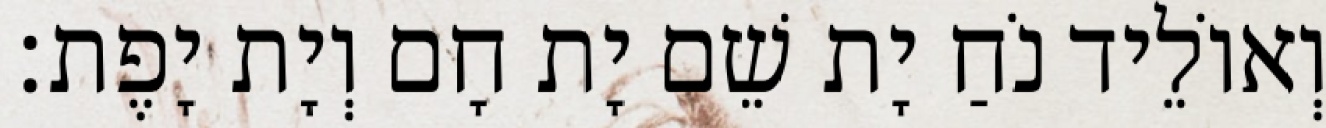
וְאוֹלֵיד נֹחַ יָת שֵׁם יָת חָם וְיָת יָפֶת׃